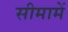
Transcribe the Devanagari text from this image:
सीमामें